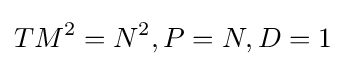
T{M^{2}}={N^{2}},P=N,D=1